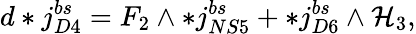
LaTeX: d*j_{D4}^{bs}=F_{2}\wedge*j_{NS5}^{bs}+*j_{D6}^{bs}\wedge\mathcal{H}_{3},